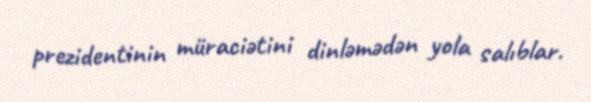
prezidentinin müraciətini dinləmədən yola salıblar.